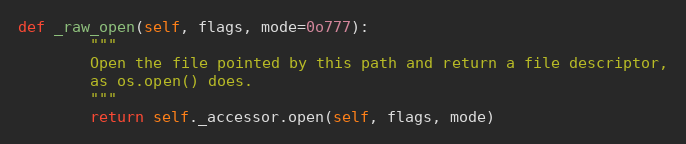
Language: Python
def _raw_open(self, flags, mode=0o777):
        """
        Open the file pointed by this path and return a file descriptor,
        as os.open() does.
        """
        return self._accessor.open(self, flags, mode)